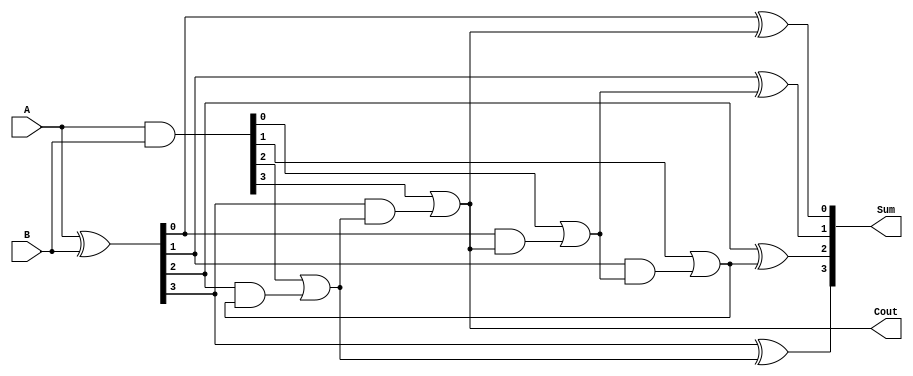
module CarryLookAheadAdder (
    input wire [3:0] A,
    input wire [3:0] B,
    output wire [3:0] Sum,
    output wire Cout
);

wire [3:0] P, G;
wire [3:0] C;

assign P = A ^ B;
assign G = A & B;

assign Sum[0] = P[0] ^ Cout;
assign C[0] = G[0] | (P[0] & Cout);

assign Sum[1] = P[1] ^ C[0];
assign C[1] = G[1] | (P[1] & C[0]);

assign Sum[2] = P[2] ^ C[1];
assign C[2] = G[2] | (P[2] & C[1]);

assign Sum[3] = P[3] ^ C[2];
assign Cout = G[3] | (P[3] & C[2]);

endmodule